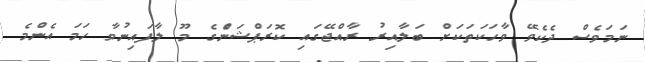
ނަމަވެސް ދެކެވޭ ވާހަކަތަކަށް ބަލާއިރު ރާއްޖޭގައި ކޮރަޕްޝަންެގެ މޫ ލާފައިނުވާ ހަމަ އެންމެ